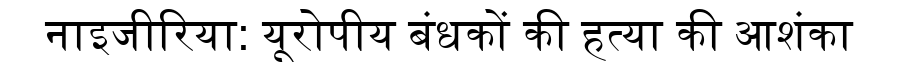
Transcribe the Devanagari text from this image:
नाइजीरिया: यूरोपीय बंधकों की हत्या की आशंका